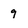
Character: 9